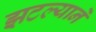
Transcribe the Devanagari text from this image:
झटल्याने